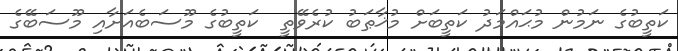
ކަތީބުގެ ނަމުން މުޙައްމަދު ކަތީބަށް މުޚާޠަބު ކުރެވޭތީ  ކަތީބުގެ މޫސަބެއަށާއި މޫސަބޭގެ